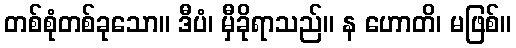
တစ်စုံတစ်ခုသော။ ဒီပံ၊ မှီခိုရာသည်။ န ဟောတိ၊ မဖြစ်။